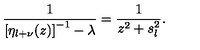
\frac { 1 } { \left[ \eta _ { l + \nu } ( z ) \right] ^ { - 1 } - \lambda } = \frac { 1 } { z ^ { 2 } + s _ { l } ^ { 2 } } .